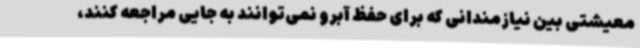
معیشتی بین نیازمندانی که برای حفظ آبرو نمی‌توانند به جایی مراجعه کنند،